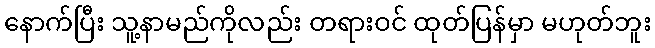
နောက်ပြီး သူ့နာမည်ကိုလည်း တရားဝင် ထုတ်ပြန်မှာ မဟုတ်ဘူး